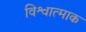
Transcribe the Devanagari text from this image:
विश्वात्माक